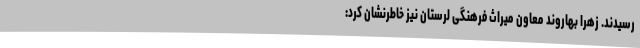
رسیدند. زهرا بهاروند معاون میراث فرهنگی لرستان نیز خاطرنشان کرد: